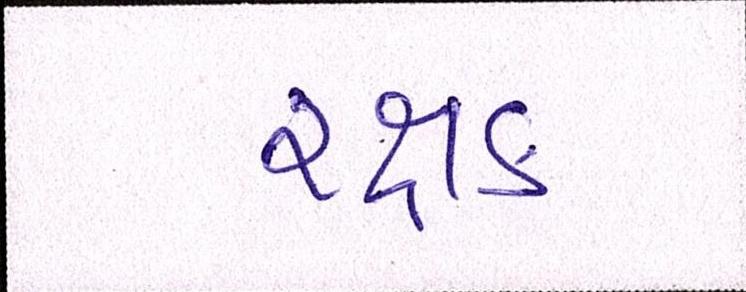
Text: રક્ષક